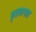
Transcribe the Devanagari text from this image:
कृतयागात